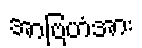
အာဗြဟံအား